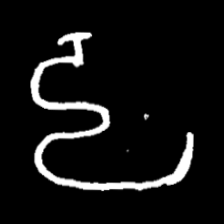
Pyu character \u2014 Myanmar letter: ဠ (romanized: lla)